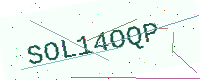
Text: SOL14OQP